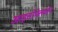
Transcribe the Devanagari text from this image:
आइसोफ्लेवोन